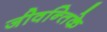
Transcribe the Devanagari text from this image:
जीवन्तिके